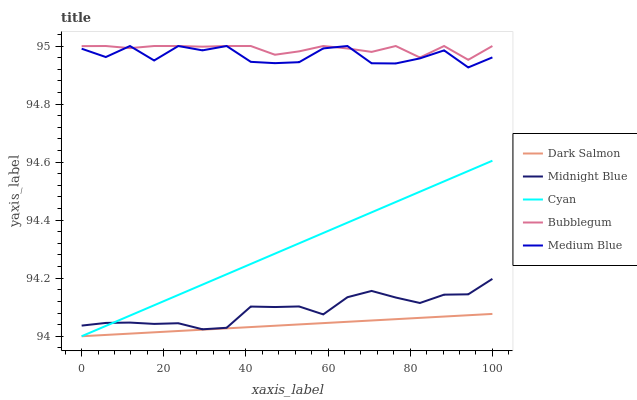
| xaxis_label | Dark Salmon | Midnight Blue | Cyan | Bubblegum | Medium Blue |
 | --- | --- | --- | --- | --- | --- |
 | 0 | 94 | 94 | 94 | 95 | 95 |
 | 5.88 | 94 | 94 | 94 | 95 | 95 |
 | 11.8 | 94 | 94 | 94.1 | 95 | 95 |
 | 17.6 | 94 | 94 | 94.1 | 95 | 95 |
 | 23.5 | 94 | 94 | 94.1 | 95 | 95 |
 | 29.4 | 94 | 94 | 94.2 | 95 | 95 |
 | 35.3 | 94 | 94 | 94.2 | 95 | 95 |
 | 41.2 | 94 | 94.1 | 94.2 | 95 | 94.9 |
 | 47.1 | 94 | 94.1 | 94.3 | 95 | 94.9 |
 | 52.9 | 94 | 94.1 | 94.3 | 95 | 94.9 |
 | 58.8 | 94 | 94.1 | 94.4 | 95 | 95 |
 | 64.7 | 94 | 94.1 | 94.4 | 95 | 95 |
 | 70.6 | 94.1 | 94.2 | 94.4 | 95 | 94.9 |
 | 76.5 | 94.1 | 94.1 | 94.5 | 95 | 94.9 |
 | 82.4 | 94.1 | 94.1 | 94.5 | 95 | 95 |
 | 88.2 | 94.1 | 94.1 | 94.5 | 95 | 95 |
 | 94.1 | 94.1 | 94.1 | 94.6 | 95 | 94.9 |
 | 100 | 94.1 | 94.2 | 94.6 | 95 | 95 |